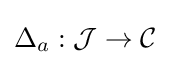
\Delta _{a}:{\mathcal {J}}\to {\mathcal {C}}